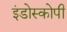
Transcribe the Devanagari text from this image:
इंडोस्कोपी